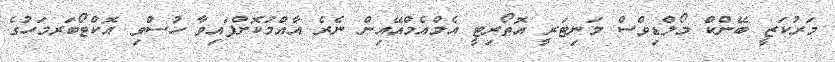
މަރުކަޒީ ބޭންކް މޯލްޑިވްސް މަނިޓަރީ އޮތޯރިޓީ އެމްއެމްއޭއިން ނެރެ އާއްމުކޮށްފައިވާ ހުސްވި އޮކްޓޯބަރމަހުގެ